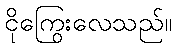
ငိုကြွေးလေသည်။